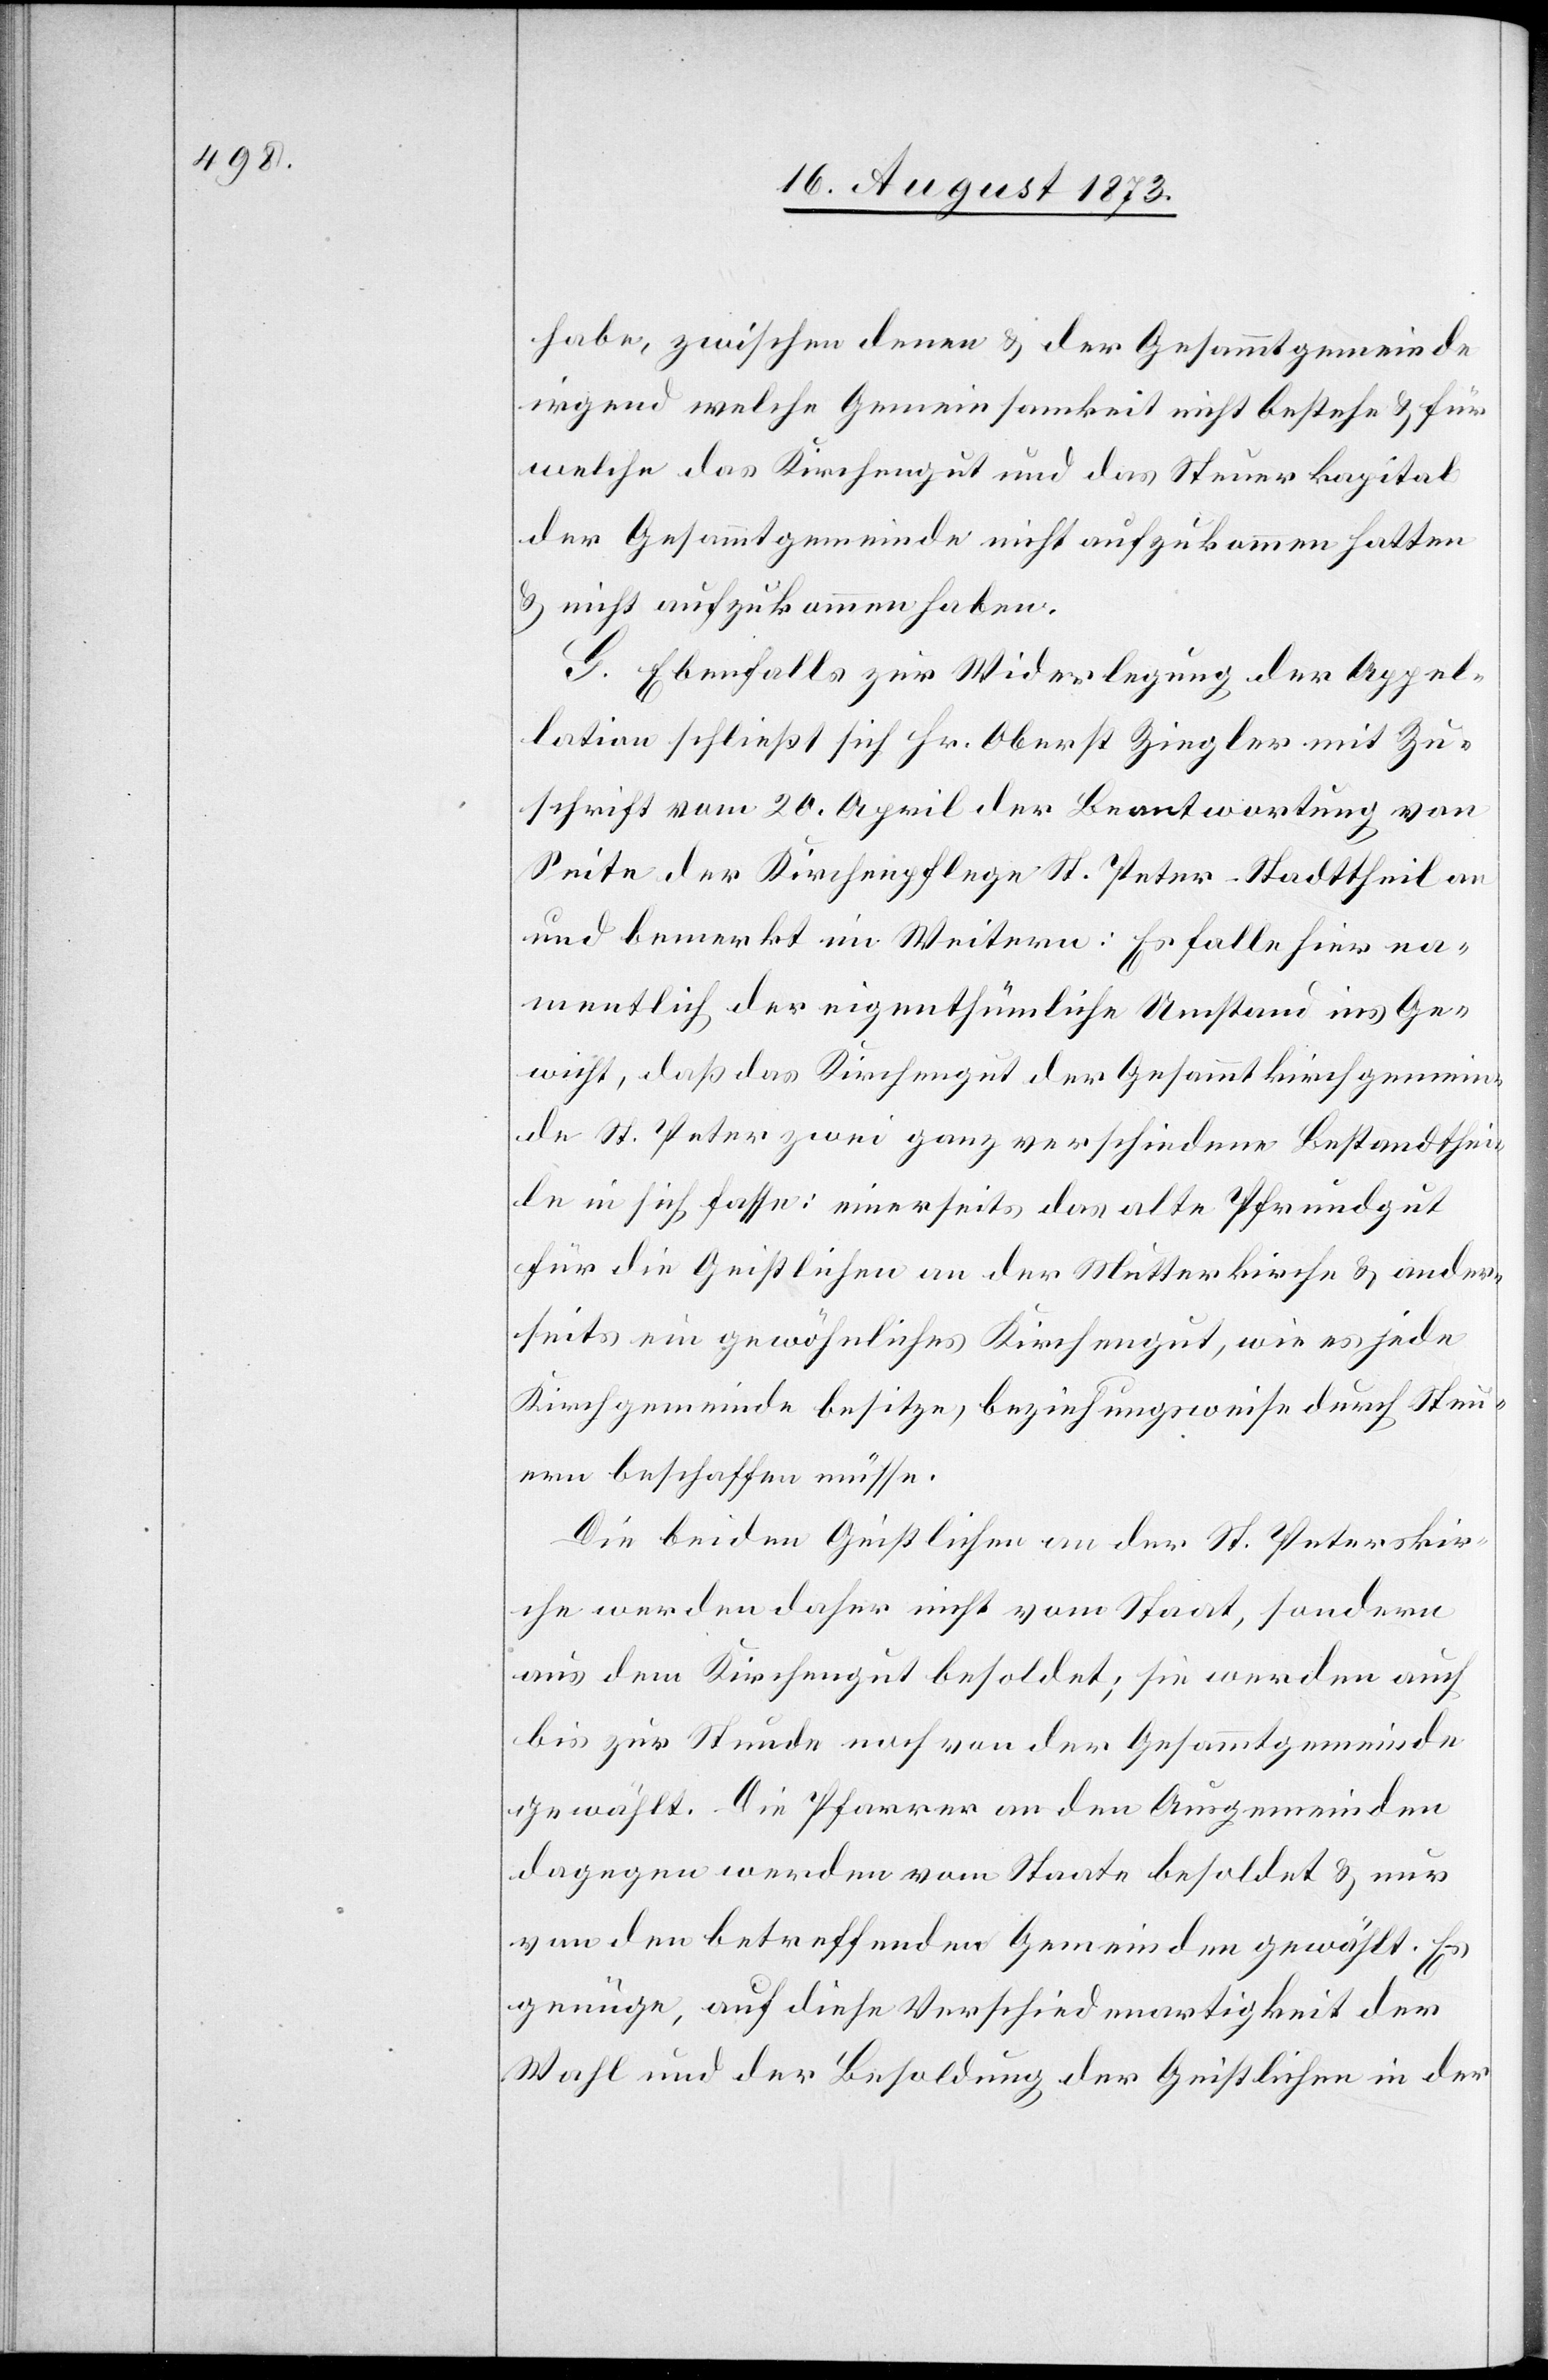
habe, zwischen denen & der Gesammtgemeinde
irgend welche Gemeinsamkeit nicht bestehe & für
welche das Kirchengut und das Steuerkapital
der Gesammtgemeinde nicht aufzukommen hatten
& nicht aufzukommen haben.
G. Ebenfalls zur Widerlegung der Appel¬
lation schließt sich Hr. Oberst Ziegler mit Zu¬
schrift vom 20. April der Beantwortung von
Seite der Kirchenpflege St. Peter-Stadttheil an
und bemerkt im Weitern: Es falle hier na¬
mentlich der eigenthümliche Umstand ins Ge¬
wicht, daß das Kirchengut der Gesammtkirchgemein¬
de St. Peter zwei ganz verschiedene Bestandthei¬
le in sich fasse: einerseits das alte Pfrundgut
für die Geistlichen an der Mutterkirche & ander¬
seits ein gewöhnliches Kirchengut, wie es jede
Kirchgemeinde besitze, beziehungsweise durch Steu¬
ern beschaffen müsse.
Die beiden Geistlichen an der St. Peterskir¬
che werden daher nicht vom Staat, sondern
aus dem Kirchengut besoldet; sie werden auch
bis zur Stunde noch von der Gesammtgemeinde
gewählt. Die Pfarrer an den Ausgemeinden
dagegen werden vom Staate besoldet & nur
von den betreffenden Gemeinden gewählt. Es
genüge, auf diese Verschiedenartigkeit der
Wahl und der Besoldung der Geistlichen in der